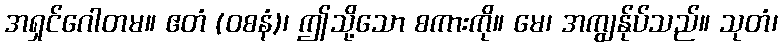
အရှင်ဂေါတမ။ ဧတံ (ဝစနံ)၊ ဤသို့သော စကားကို။ မေ၊ အကျွန်ုပ်သည်။ သုတံ၊